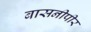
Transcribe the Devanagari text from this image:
बासनीपीर